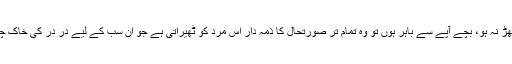
عورت خود سگھڑ نہ ہو، بچے آپے سے باہر ہوں تو وہ تمام تر صورتحال کا ذمہ دار اس مرد کو ٹھیراتی ہے جو ان سب کے لیے در در کی خاک چھانتا پھرتا ہے۔